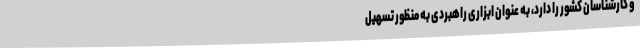
و کارشناسان کشور را دارد، به عنوان ابزاری راهبردی به منظور تسهیل